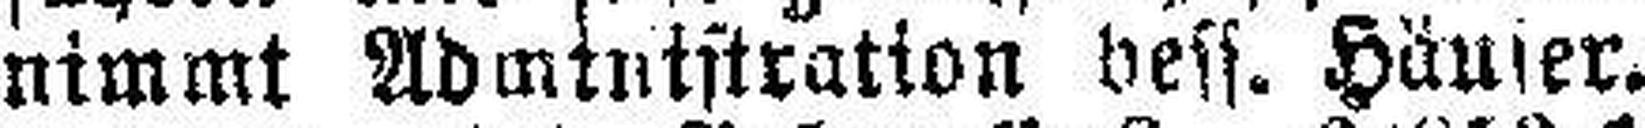
nimmt Administration dess. Häuser.